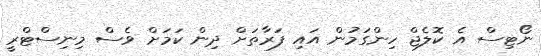
ނޯޓިސް އެ ކޮލެޖް ހިންގަމުން އައި ފަރާތަށް ދިން ކަމަށް ވެސް މިނިސްޓްރީ